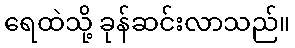
ရေထဲသို့ ခုန်ဆင်းလာသည်။